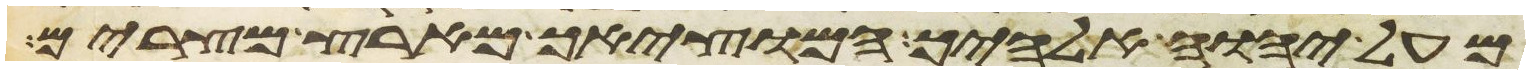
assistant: מעל יהוה אלהים המוציאך מארץ מצרים